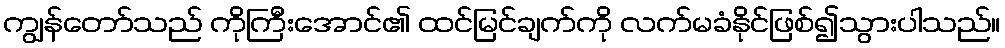
ကျွန်တော်သည် ကိုကြီးအောင်၏ ထင်မြင်ချက်ကို လက်မခံနိုင်ဖြစ်၍သွားပါသည်။